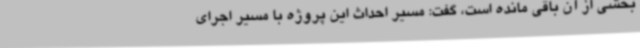
بخشی از آن باقی مانده است، گفت: مسیر احداث این پروژه با مسیر اجرای